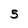
Character: 5